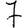
Digit: 7